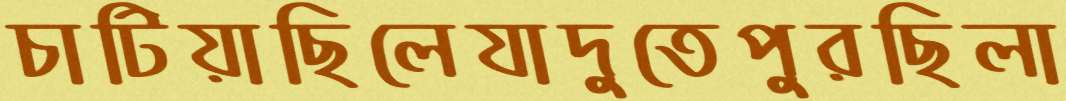
চাটিয়াছিলেযাদুতেপুরছিলা